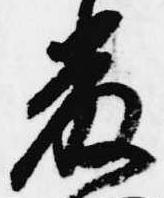
厳